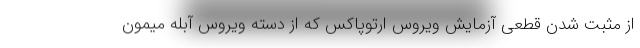
از مثبت شدن قطعی آزمایش ویروس ارتوپاکس که از دسته ویروس آبله میمون